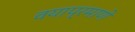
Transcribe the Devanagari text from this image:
वयाप्रमाणे